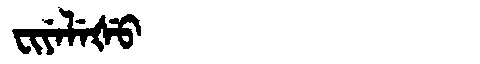
Manchu: ᠸᡳᠶᡝᠯᡝᡧᡠ
Romanization: FIYELEŠU